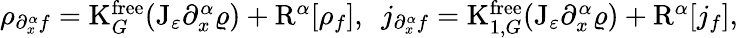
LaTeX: \begin{array}{r}{\rho_{\partial_{x}^{\alpha}f}=\mathrm{K}_{G}^{\mathrm{free}}(\mathrm{J}_{\varepsilon}\partial_{x}^{\alpha}\varrho)+\mathrm{R}^{\alpha}[\rho_{f}],\ \ j_{\partial_{x}^{\alpha}f}=\mathrm{K}_{1,G}^{\mathrm{free}}(\mathrm{J}_{\varepsilon}\partial_{x}^{\alpha}\varrho)+\mathrm{R}^{\alpha}[j_{f}],}\end{array}